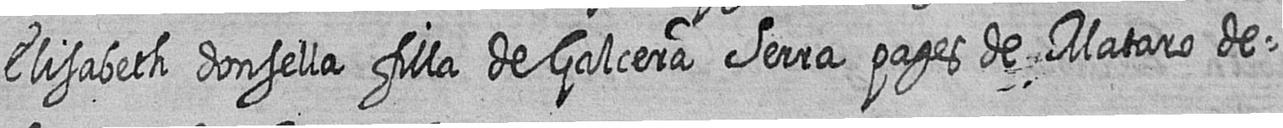
Elisabeth donsella filla de Galcera Serra pages de Mataro de=